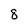
Character: 8